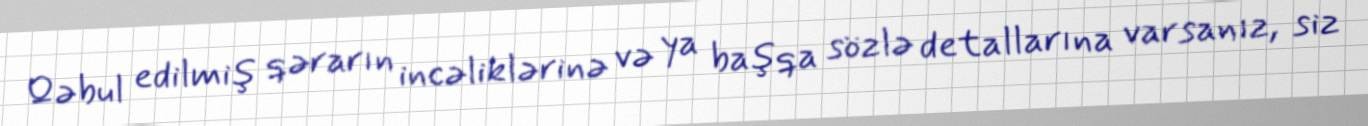
Qəbul edilmiş qərarın incəliklərinə və ya başqa sözlə detallarına varsanız, siz